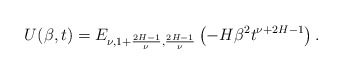
\begin{align*}U(\beta,t) = E_{\nu, 1+\frac{2H-1}{\nu}, \frac{2H-1}{\nu}} \left(- H \beta^2 t^{\nu+2H-1} \right).\end{align*}